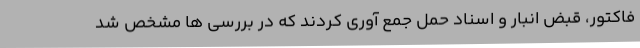
فاکتور، قبض انبار و اسناد حمل جمع آوری کردند که در بررسی ها مشخص شد